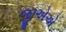
જીએએ